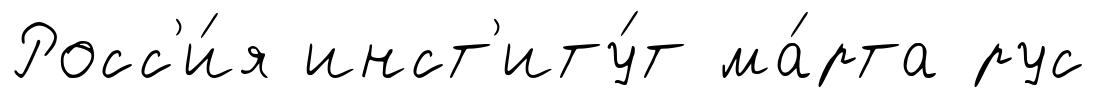
Росс'и́я инст'иту́т ма́рта рус